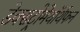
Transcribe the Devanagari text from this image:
डेक्सट्रोमेथॉर्थफन